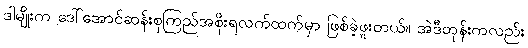
ဒါမျိုးက ဒေါ်အောင်ဆန်းစုကြည်အစိုးရလက်ထက်မှာ ဖြစ်ခဲ့ဖူးတယ်။ အဲဒီတုန်းကလည်း